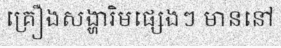
គ្រឿងសង្ហារិមផ្សេងៗ មាននៅ